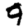
Digit: 9